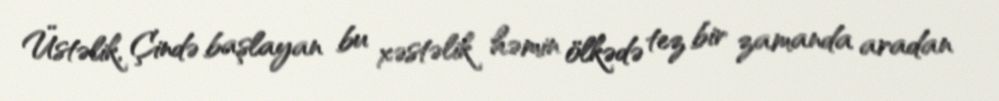
Üstəlik, Çində başlayan bu xəstəlik həmin ölkədə tez bir zamanda aradan